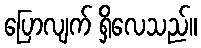
ပြောလျက် ရှိလေသည်။